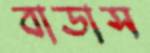
বাডাস